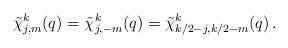
LaTeX: \begin{align*}\tilde{\chi}_{j,m}^{k}(q)=\tilde{\chi}_{j,-m}^{k}(q)= \tilde{\chi}_{k/2-j,k/2-m}^{k}(q) \, . \end{align*}